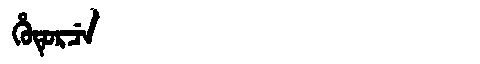
Manchu: ᡥᡠᡨᡠᡵᠴᡝ
Romanization: HUTURCE